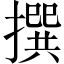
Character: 撰